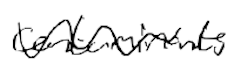
Text: contaminants
Cross-out: wave
Writing tool: digital_black